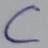
Text: C